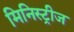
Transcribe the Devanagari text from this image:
मिनिस्ट्रीज